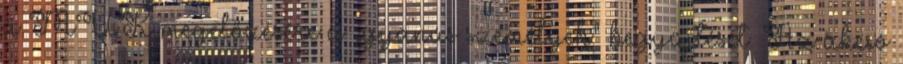
a MÚK megelőzésére a „gyanús személyek” begyűjtését. Az akció